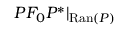
P F _ { 0 } P ^ { * } | _ { \mathrm { R a n } ( P ) }